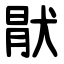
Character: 猒